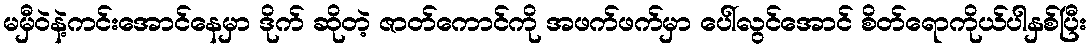
မမှီဝဲနဲ့ကင်းအောင်နေမှာ ဒိုက် ဆိုတဲ့ ဇာတ်ကောင်ကို အဖက်ဖက်မှာ ပေါ်လွင်အောင် စိတ်ရောကိုယ်ပါနှစ်ပြီး